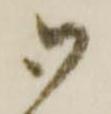
御